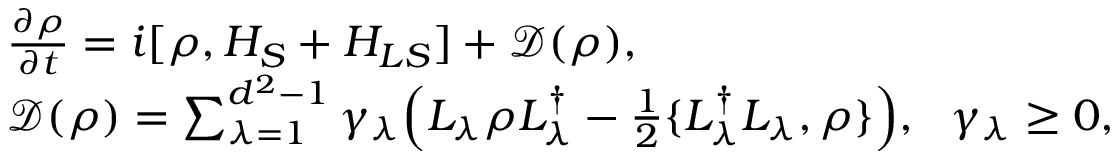
\begin{array} { r l } & { \frac { \partial \rho } { \partial t } = i [ \rho , H _ { S } + H _ { L S } ] + \mathcal { D } ( \rho ) , } \\ & { \mathcal { D } ( \rho ) = \sum _ { \lambda = 1 } ^ { d ^ { 2 } - 1 } \gamma _ { \lambda } \Big ( L _ { \lambda } \rho L _ { \lambda } ^ { \dagger } - \frac { 1 } { 2 } \{ L _ { \lambda } ^ { \dagger } L _ { \lambda } , \rho \} \Big ) , ~ ~ \gamma _ { \lambda } \geq 0 , } \end{array}